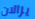
يزالان